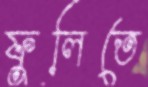
ফুলিতে